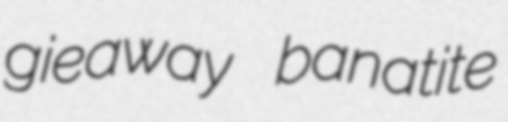
gieaway banatite